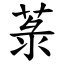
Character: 菉